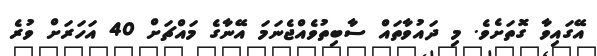
އޭގައިވާ ގޮތަށެވެ. މި ދައުވާތައް ސާބިތުވެއްޖެނަމަ އޭނާގެ މައްޗަށް 40 އަހަރަށް ވުރެ